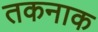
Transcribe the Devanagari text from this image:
तकनाक